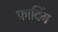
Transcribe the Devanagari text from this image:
फादिंग